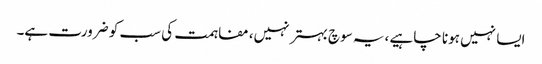
ایسا نہیں ہونا چاہیے ،یہ سوچ بہتر نہیں، مفاہمت کی سب کو ضرورت ہے۔